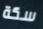
سكة